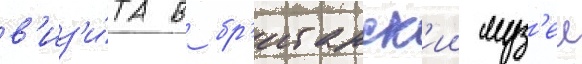
в'из'и́та в бр'итанск'ии муз'еи